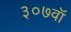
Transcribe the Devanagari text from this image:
३०७वॉ